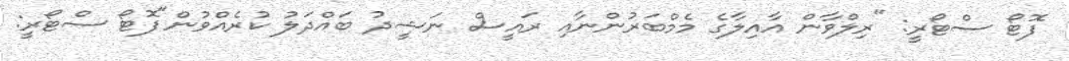
ފޮޓޯ ސްޓޯރީ: "ރިލްވާން އާއިލާގެ މެމްބަރުންނާއި ރައީސް ނަޝީދު ބައްދަލު ކުރެއްވުން"ފޮޓޯ ސްޓޯރީ: